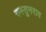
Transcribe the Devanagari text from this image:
रुस्तुमराव